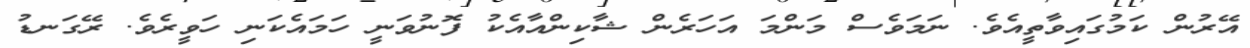
އޭރުން ކަމުގައިވާތީއެވެ. ނަމަވެސް މަންމަ އަހަރެން ޝާކިންއާއެކު ފޮނުވަނީ ހަމައެކަނި ހަވީރެވެ. ރޭގަނޑު